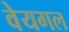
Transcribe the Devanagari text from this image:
वेयगल